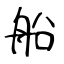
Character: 船